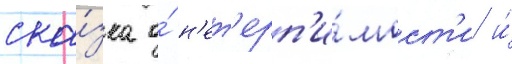
ска́зка о́ н'ет'ерп'и́мост'и и́